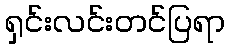
ရှင်းလင်းတင်ပြရာ